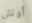
أوتش